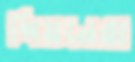
পিয়নেরা